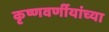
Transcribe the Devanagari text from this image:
कृष्णवर्णीयांच्या